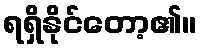
ရရှိနိုင်တော့၏။